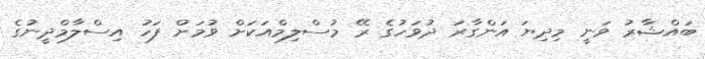
ބައްޝާރު ވަނީ މިދިޔަ އަންގާރަ ދުވަހުގެ ރޭ މުސްލިމްއަކަށް ވުމަށް ފަހު އިސްލާމްދީނުގެ